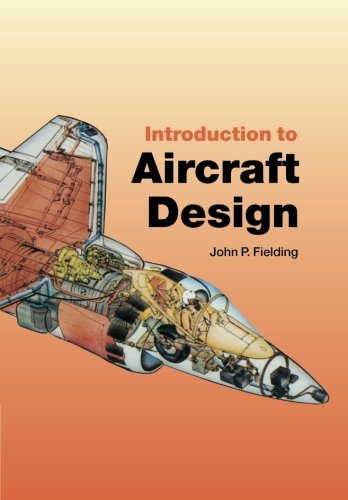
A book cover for Introduction to Aircraft Design (Cambridge Aerospace Series); John P. Fielding; Science & Math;